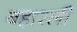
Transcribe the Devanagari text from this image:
बहारली